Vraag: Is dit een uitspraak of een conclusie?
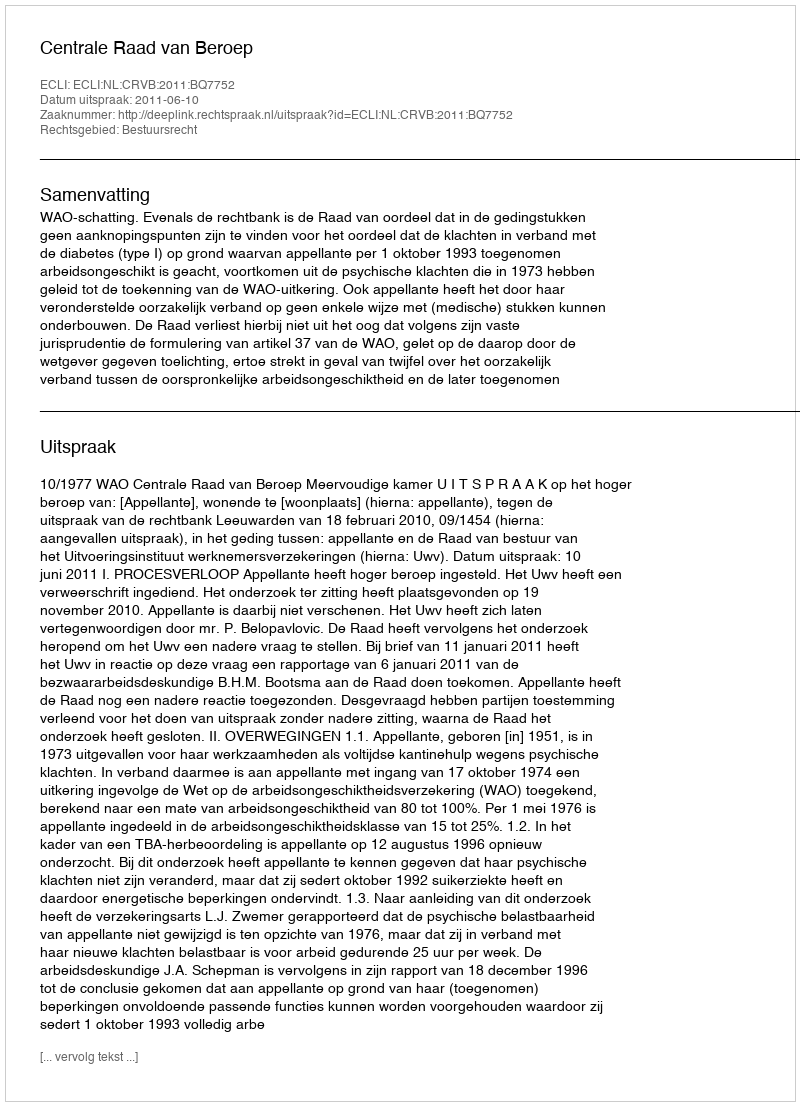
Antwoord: Uitspraak